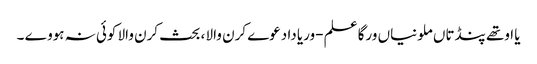
یا اوتھے پنڈتاں ملونیاں ورگا علم -وریا دا دعوے کرن والا ، بحث کرن والا کوئی نہ ہووے ۔